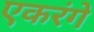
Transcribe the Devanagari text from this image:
एकरंगे